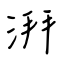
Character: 湃